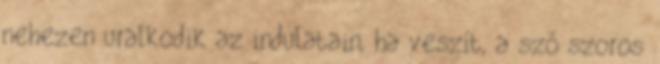
nehezen uralkodik az indulatain, ha veszít, a szó szoros